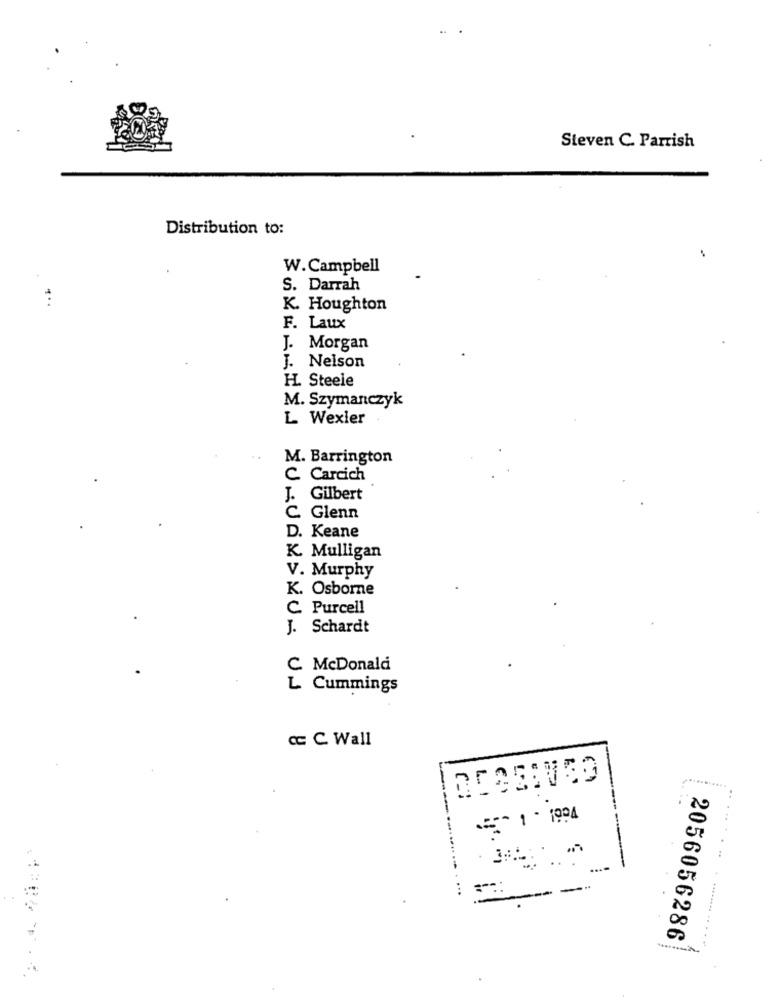
Steven C. Parrish
Distribution to:
W.Campbell
S. Darrah
K. Houghton
F. Laux
J. Morgan
J. Nelson
H. Steele
M. Szymanczyk
L Wexler
..
M. Barrington
C. Carcich
J. Gilbert
C. Glenn
D. Keane
K. Mulligan
V. Murphy
K. Osborne
C. Purcell
J. Schardt
C. McDonald
L Cummings
cc C Wall
---..
...
- -
2056056286